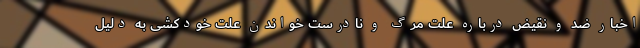
اخبار ضد و نقیض درباره علت مرگ و نادرست خواندن علت خودکشی به دلیل